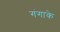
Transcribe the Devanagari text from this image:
गंगाके